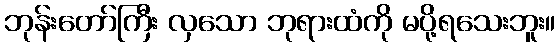
ဘုန်းတော်ကြီး လှသော ဘုရားထံကို မပို့ရသေးဘူး။